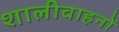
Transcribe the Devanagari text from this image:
शालीवाहनों